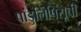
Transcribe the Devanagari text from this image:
पांडुलिपिसूची